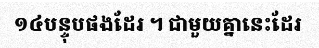
១៤បន្ទុបផងដែរ ។ ជាមួយគ្នានេះដែរ